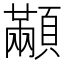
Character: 顢